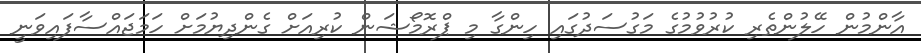
އާންމުން ހޭލުންތެރި ކުރުވުމުގެ މަގުސަދުގައި ހިންގާ މި ޕްރޮމޯޝަން ކުރިއަށް ގެންދިޔުމަށް ހަމަޖައްސާފައިވަނީ